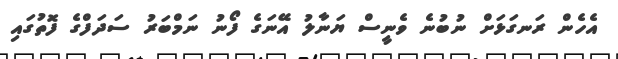
އެހެން ރަނގަޅަށް ނުބުނެ ވެނީސް ޔަނާލު އޭނަގެ ފޯނު ނަމްބަރު ސަދަފްގެ ފޮތުގައި